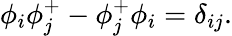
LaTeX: \phi_{i}\phi_{j}^{+}-\phi_{j}^{+}\phi_{i}=\delta_{ij}.